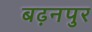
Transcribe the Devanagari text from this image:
बढ़नपुर